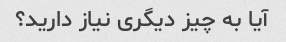
آیا به چیز دیگری نیاز دارید؟